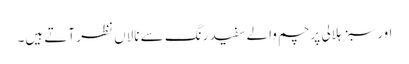
اور سبز ہلالی پرچم والے سفید رنگ سے نالاں نظر آتے ہیں۔